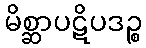
မိစ္ဆာပဋိပဒဉ္စ